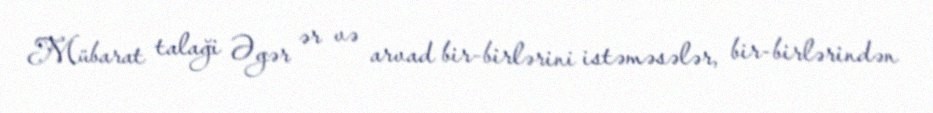
Mübarat talaği Əgər ər və arvad bir-birlərini istəməsələr, bir-birlərindən